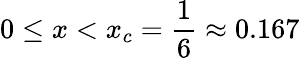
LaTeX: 0\leq x<x_{c}=\frac{1}{6}\approx 0.167